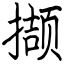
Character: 撷